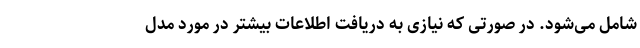
شامل می‌شود. در صورتی که نیازی به دریافت اطلاعات بیشتر در مورد مدل